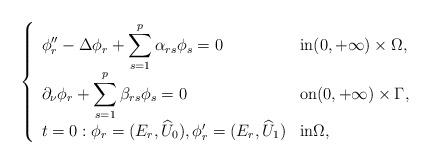
LaTeX: \begin{align*}\left\lbrace\begin{array}{lll}\displaystyle \phi_r'' -\Delta \phi_r + \sum_{s=1}^p\alpha_{rs} \phi_s=0&\hbox {in}(0,+\infty) \times \Omega, \\\displaystyle \partial_\nu\phi_r +\sum_{s=1}^p\beta_{rs} \phi_s=0\hskip1.5cm & \hbox{on}(0,+\infty) \times \Gamma,\\t=0:\phi_r= (E_r, \widehat{U}_0),\phi_r'=(E_r, \widehat{U}_1) &\hbox {in}\Omega, \end{array}\right.\end{align*}